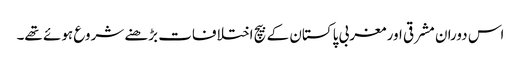
اس دوران مشرقی اور مغربی پاکستان کے بیچ اختلافات بڑھنے شروع ہوئے تھے۔